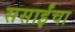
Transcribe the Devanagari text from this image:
ससाईंचा